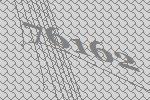
76162